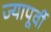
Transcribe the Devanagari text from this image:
ज्यापूर्वी